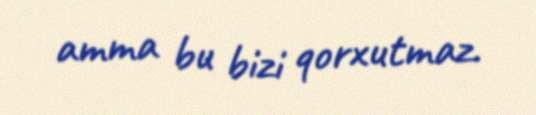
amma bu bizi qorxutmaz.